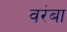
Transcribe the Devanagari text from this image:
वरंबा